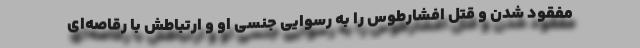
مفقود شدن و قتل افشارطوس را به رسوایی جنسی او و ارتباطش با رقاصه‌ای